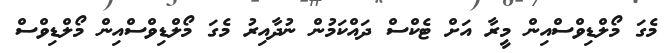
މެގަ މޯލްޑިވްސްއިން މީރާ އަށް ޓެކްސް ދައްކަމުން ނުދާއިރު މެގަ މޯލްޑިވްސްއިން މޯލްޑިވްސް